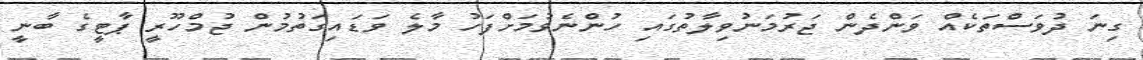
ގިނަ ދުވަސްތަކެއް ވަންދެން ޖަރުމަނުވިލާތުގައި ހުންނެވުމަށްފަހު މާލެ ވަޑައިގަތުމުން ޖުމްހޫރީ ޕާޓީގެ ބާނީ